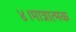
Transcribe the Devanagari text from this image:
४।मात्रात्मक